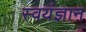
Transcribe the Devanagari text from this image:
स्वयंज्ञान